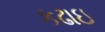
કઢાઇ